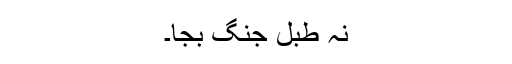
نہ طبلِ جنگ بجا۔